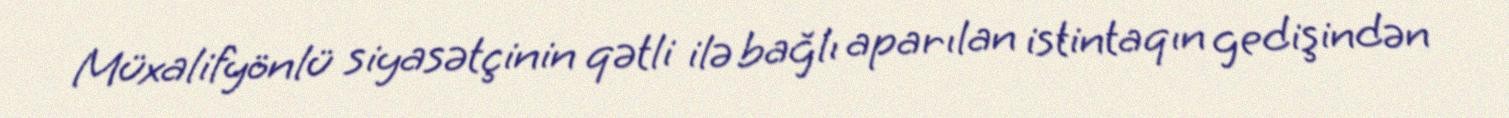
Müxalifyönlü siyasətçinin qətli ilə bağlı aparılan istintaqın gedişindən